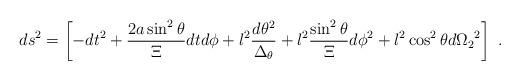
LaTeX: \begin{align*}ds^2=\left[-dt^2+{2a\sin^2{\theta}\over\Xi}dtd\phi+l^2{d\theta^2 \over\Delta_{\theta}}+l^2{\sin^2{\theta} \over \Xi}d\phi^2+l^2\cos^2{\theta}d {\Omega_{2}}^2\right]\ .\end{align*}